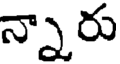
న్నారు